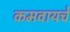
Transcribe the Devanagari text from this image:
कमवायचे